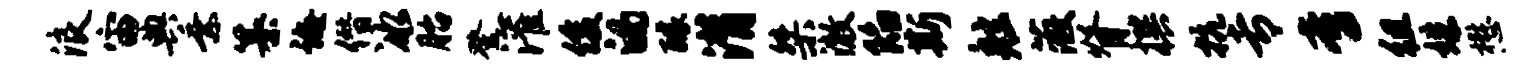
浪宙典乘纂诲僭冰胎登灌俊的醵潸桀澈陷斯舷薇脊撰抗专啻徂姝懋